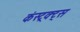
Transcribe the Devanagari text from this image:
कंस्ट्रक्ट्स